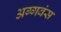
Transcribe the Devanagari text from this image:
अग्गवंस